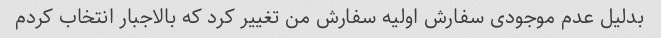
بدلیل عدم موجودی سفارش اولیه سفارش من تغییر کرد که بالاجبار انتخاب کردم